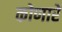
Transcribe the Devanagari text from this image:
कोणारे